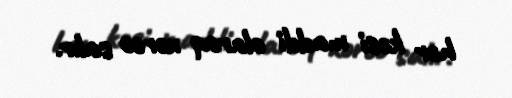
hər kəsi maddi olaraq xərcə salır.